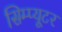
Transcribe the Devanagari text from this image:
सिम्प्यूटर